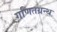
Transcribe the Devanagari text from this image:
गणितग्रन्थ